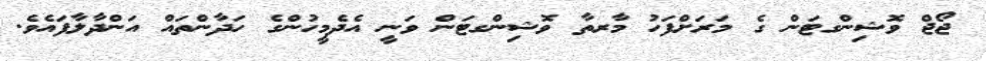
ޖޯޖް ވޮޝިންގޓަން ގެ މަރަށްފަހު މާރތާ ވޮޝިންގޓަން ވަނީ އެދެމީހުންގެ ހަދާންތައް އަންދާލާފައެވެ.